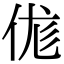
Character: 𠈵